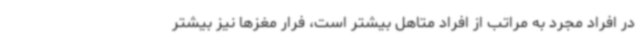
در افراد مجرد به مراتب از افراد متاهل بیشتر است، فرار مغزها نیز بیشتر